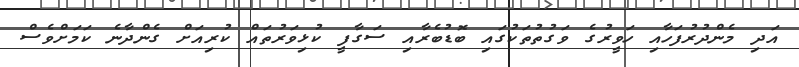
އަދި މެންދުރުފަހާއި ހަވީރުގެ ވަގުތުތަކުގައި ބޮޑުބެރާއި ސަގާފީ ކުޅިވަރުތައް ކުރިއަށް ގެންދާނެ ކަމަށްވެސް